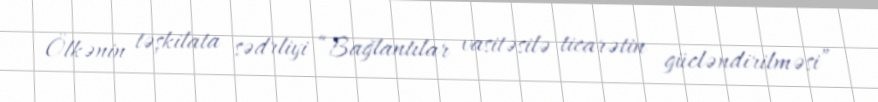
Ölkənin təşkilata sədrliyi “Bağlantılar vasitəsilə ticarətin gücləndirilməsi”